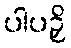
ပါပဉှိ